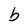
Character: b